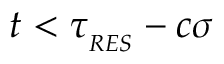
t < \tau _ { _ { R E S } } - c \sigma